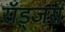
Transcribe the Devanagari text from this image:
रॉड्जर्स